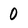
Character: 0